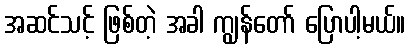
အဆင်သင့် ဖြစ်တဲ့ အခါ ကျွန်တော် ပြောပါ့မယ်။